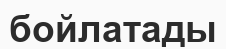
бойлатады